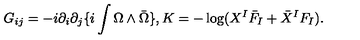
G _ { i j } = - i \partial _ { i } \partial _ { j } \{ i \int \Omega \wedge { \bar { \Omega } } \} , K = - \log ( X ^ { I } { \bar { F } } _ { I } + { \bar { X } } ^ { I } F _ { I } ) .